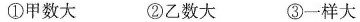
① 甲数大 ②乙数大 ③一样大